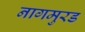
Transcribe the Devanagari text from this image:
नागमुरड